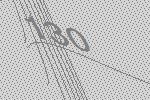
130